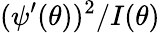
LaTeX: (\psi^{\prime}(\theta))^{2}/I(\theta)